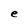
Character: e